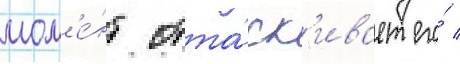
мом'е́нт отта́ск'ивает его́ /